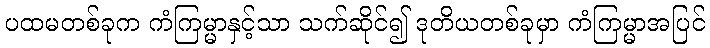
ပထမတစ်ခုက ကံကြမ္မာနှင့်သာ သက်ဆိုင်၍ ဒုတိယတစ်ခုမှာ ကံကြမ္မာအပြင်